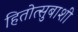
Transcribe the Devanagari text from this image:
हितोत्सुबाशी